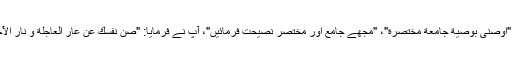
کسی نے حضرت امام محمد تقی (علیہ السلام) سے عرض کیا: "اَوصِنى بَوَصِیَّةٍ جامِعَةٍ مُخْتَصَرَةٍ"، "مجھے جامع اور مختصر نصیحت فرمائیں"، آپؑ نے فرمایا: "صُنْ نَفْسَكَ عَنْ عارِ الْعاجِلَةِ وَ نار الْآجِلَةِ[1]"، "اپنے آپ کو دنیا کی ذلت اور آخرت کی آگ سے بچا۔